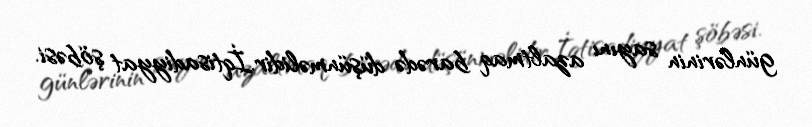
günlərinin sayını azaltmaq barədə düşünməlidir.İqtisadiyyat şöbəsi.